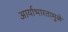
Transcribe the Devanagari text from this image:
आर्याभारतामुळे